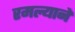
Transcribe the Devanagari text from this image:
रमल्याने